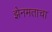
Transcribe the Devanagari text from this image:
झेनमताचा